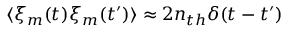
\langle \xi _ { m } ( t ) \xi _ { m } ( t ^ { \prime } ) \rangle \approx 2 n _ { t h } \delta ( t - t ^ { \prime } )